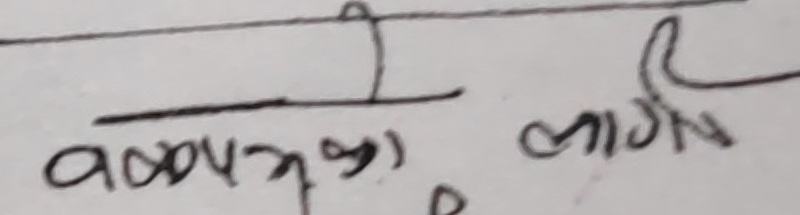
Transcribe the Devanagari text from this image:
व्यवस्थापनका लागि